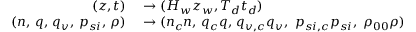
\begin{array} { r l } { ( z , t ) } & { { } \rightarrow ( H _ { w } z _ { w } , T _ { d } t _ { d } ) } \\ { ( n , \, q , \, q _ { v } , \, p _ { s i } , \, \rho ) } & { { } \rightarrow ( n _ { c } n , \, q _ { c } q , \, q _ { v , c } q _ { v } , \ p _ { s i , c } p _ { s i } , \ \rho _ { 0 0 } \rho ) } \end{array}